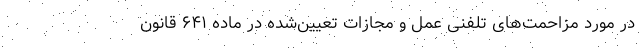
در مورد مزاحمت‌های تلفنی عمل و مجازات تعیین‌شده در ماده ۶۴۱ قانون